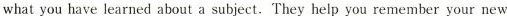
what you have learned about a subject. They help you remember your new